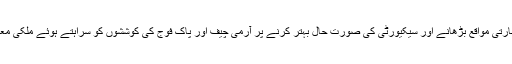
ملاقات میں تاجر برادری کی جانب سے تجارتی مواقع بڑھانے اور سیکیورٹی کی صورت حال بہتر کرنے پر آرمی چیف اور پاک فوج کی کوششوں کو سراہتے ہوئے ملکی معیشت کو مضبوط کرنے کا عزم کیا گیا ہے۔